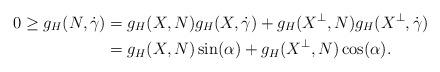
LaTeX: \begin{align*}0\geq g_H(N,\dot\gamma)&=g_H(X,N)g_H(X,\dot\gamma)+g_H(X^\perp,N)g_H(X^\perp,\dot\gamma)\\&=g_H(X,N)\sin(\alpha)+g_H(X^\perp,N)\cos(\alpha).\end{align*}